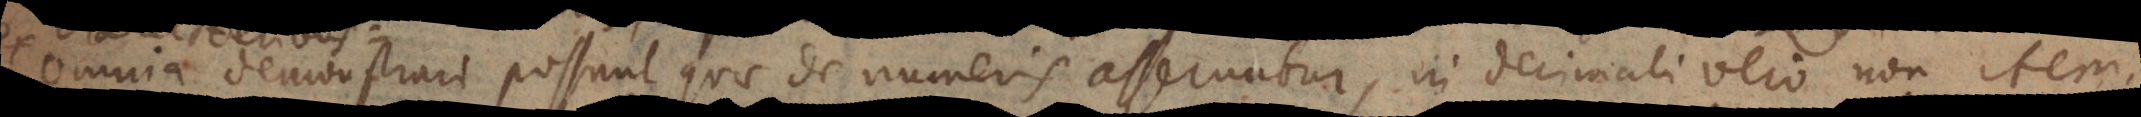
omnia demonstrari possunt quae de numeris asseruntur, in decimali vero non item.